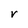
Character: V